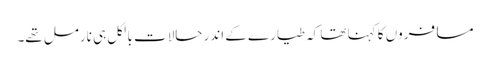
مسافروں کا کہنا تھا کہ طیارے کے اندر حالات بالکل ہی نارمل تھے۔